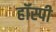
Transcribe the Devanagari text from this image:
हॉस्पी